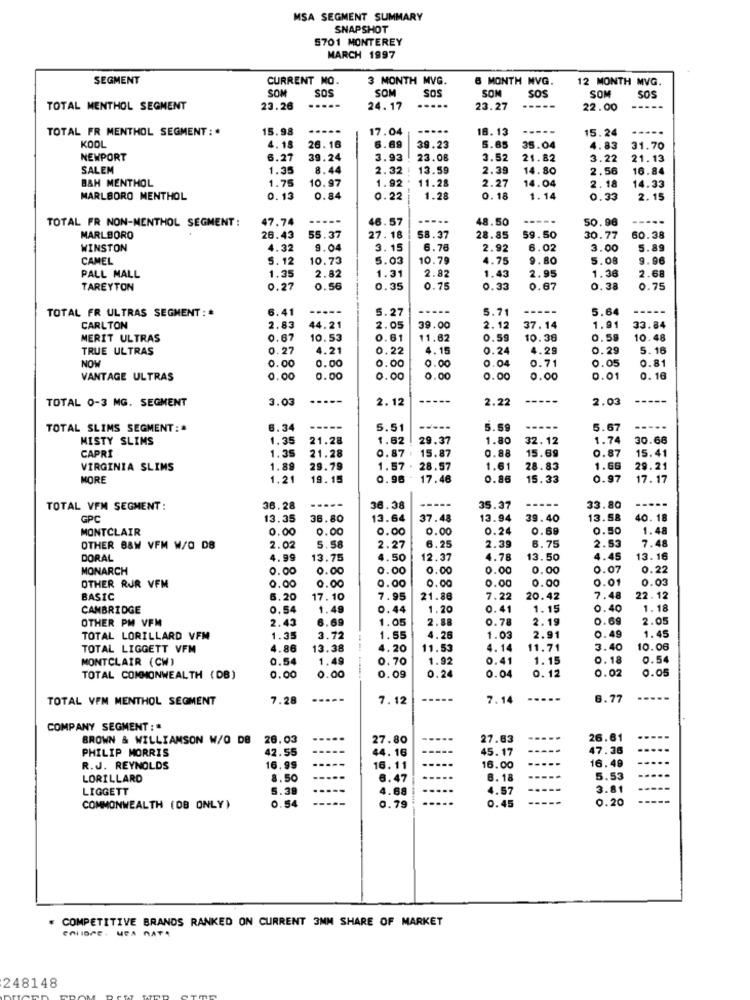
MSA SEGMENT SUMMARY
SNAPSHOT
5701 MONTEREY
MARCH 1997
SEGMENT
CURRENT NO.
3 MONTH MVG.
6 MONTH NVG.
12 MONTH MVG.
SOM
SOS
SOM
SON
SOS
SOM
SOS
SOS
TOTAL MENTHOL SEGMENT
23.26
....-
24.17
23.27
-----
22.00
TOTAL FR MENTHOL SEGMENT: *
15.98
.....
17.04
16.13
-----
15.24
KOOL
4.15
26.16
6.69
39.23
5.85
35.04
4.83
31.70
NEWPORT
6.27
39.24
3.93
23.08
3.52
21.82
3.22
21.13
SALEM
1.35
8.44
2.32
13.59
2.39
14.80
2.56
16.84
B&H MENTHOL
1.75
1.99
2.27
14.04
10.97
11.28
2.18
14.33
MARLBORO MENTHOL
0.13
0.84
0.22
1.28
0. 18
1. 14
0.33
2.15
TOTAL FR NON-MENTHOL SEGMENT :
47.74
46.57
48.50
-----
50.96
-----
MARLBORO
26.43
55.37
27. 18
58.37
28.85
59.50
30.77
60.38
WINSTON
4.32
9.04
3.15
6.78
2.92
6.02
3.00
5.89
CAMEL
5. 12
10.73
5.03
10.79
4.75
9.80
5.08
9.96
2.82
1.31
2.82
1.43
2.95
1.36
2.68
PALL MALL
1.35
TAREYTON
0.27
0.56
0.35
0.75
0.33
0.67
0.38
0.75
TOTAL FR ULTRAS SEGMENT: *
6.41
5.27
----
5.71
5.64
CARLTON
2.83
44.21
2.05
39.00
2.12
37.14
1.91
33.84
MERIT ULTRAS
0.67
10.53
0.61
11.62
0.59
10.38
0.58
10.48
TRUE ULTRAS
0.27
4.21
0.22
4.15
0.24
4.29
0.29
5. 16
NOW
0.00
0.00
0.04
0.71
0.05
0.81
0.00
0.00
VANTAGE ULTRAS
0.00
0.00
0.00
0.00
0.00
0.00
0.01
0. 16
TOTAL 0-3 MG. SEGMENT
3.03
...
2.12
2.22
2.03
TOTAL SLIMS SEGMENT: *
6.34
-----
5.51
----
5.59
5.67
----
MISTY SLIMS
1.35
21.28
1.62
29.37
1.80
32.12
1.74
30.68
CAPRI
1.35
21.28
0.87
15.87
0.88
15.69
0.87
15.41
VIRGINIA SLIMS
1.89
29.79
1.57 .
28.57
1.61
28.83
1.66
29.21
MORE
1.21
19.15
0.96
17.46
0.86
15.33
0.97
17.17
TOTAL VFM SEGMENT:
36.28
----
36.38
-----
35.37
33.80
....
GPC
13.35
36.80
13.64
37.48
13.94
39.40
13.58
40.18
MONTCLAIR
0.00
0.00
0.00
0.00
0.20
0.69
0.50
1.48
2.39
6.75
2.53
7.48
OTHER B&W VFM W/O DB
2.02
5.58
2.27
6.25
DORAL
4.99
13.75
4.50
12.37
4.78
13.50
4.45
13.16
MONARCH
0.00
0.00
0.00
0.00
0.00
0.00
0.07
0.22
0.00
0.00
0.00
0.01
0.03
OTHER RJR VFM
0.00
0.00
0.00
BASIC
6.20
17.10
7.95
21.88
7.22
20.42
7.48
22.12
CAMBRIDGE
0.54
1.49
0.44
1.20
0.41
1.15
0.40
1.18
OTHER PM VFM
2.43
6.69
1.05
2.88
0.78
2.19
0.69
2.05
0.49
1.45
TOTAL LORILLARD VFM
1.35
3.72
1.55
4.26
1.03
2.91
TOTAL LIGGETT VFM
4.86
13.38
4.20
11.53
4.14
11.71
3.40
10.06
MONTCLAIR (CW)
0.54
1.49
0.70
1.92
0.41
1.15
0.18
0.54
--
0.09
0. 12
0.02
0.05
TOTAL COMMONWEALTH (DB)
0.00
0.00
0.24
0.04
TOTAL VFM MENTHOL SEGMENT
7.28
----
7.12
7.14
8.77
COMPANY SEGMENT:"
BROWN & WILLIAMSON W/O DB
26.03
27.80
27.83
26.61
PHILIP MORRIS
42.55
45.17
47.36
44.16
16.49
R.J. REYNOLDS
16.99
16.11
16.00
LORILLARD
8.50
6.47
6. 18
5.53
LIGGETT
5.39
4.68
4.57
3.81
0.54
0.79
0.45
0.20
COMMONWEALTH (DB ONLY)
COMPETITIVE BRANDS RANKED ON CURRENT 3MM SHARE OF MARKET
248148